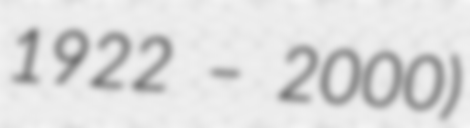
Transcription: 1922 – 2000)